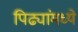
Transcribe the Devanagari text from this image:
पिढ्यांमध्ये